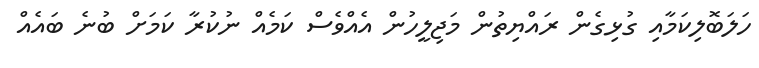
ހަލަބޮލިކަމާއި ގުޅިގެން ރައްޔިތުން މަޖިލީހުން އެއްވެސް ކަމެއް ނުކުރާ ކަމަށް ބުނެ ބައެއް